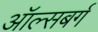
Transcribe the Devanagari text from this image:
ऑल्सबर्ग